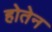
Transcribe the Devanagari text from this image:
होतेन